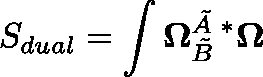
S _ { d u a l } = \int \mathbf { \Omega } _ { \tilde { B } } ^ { \tilde { A } \; \ast } \mathbf { \Omega }